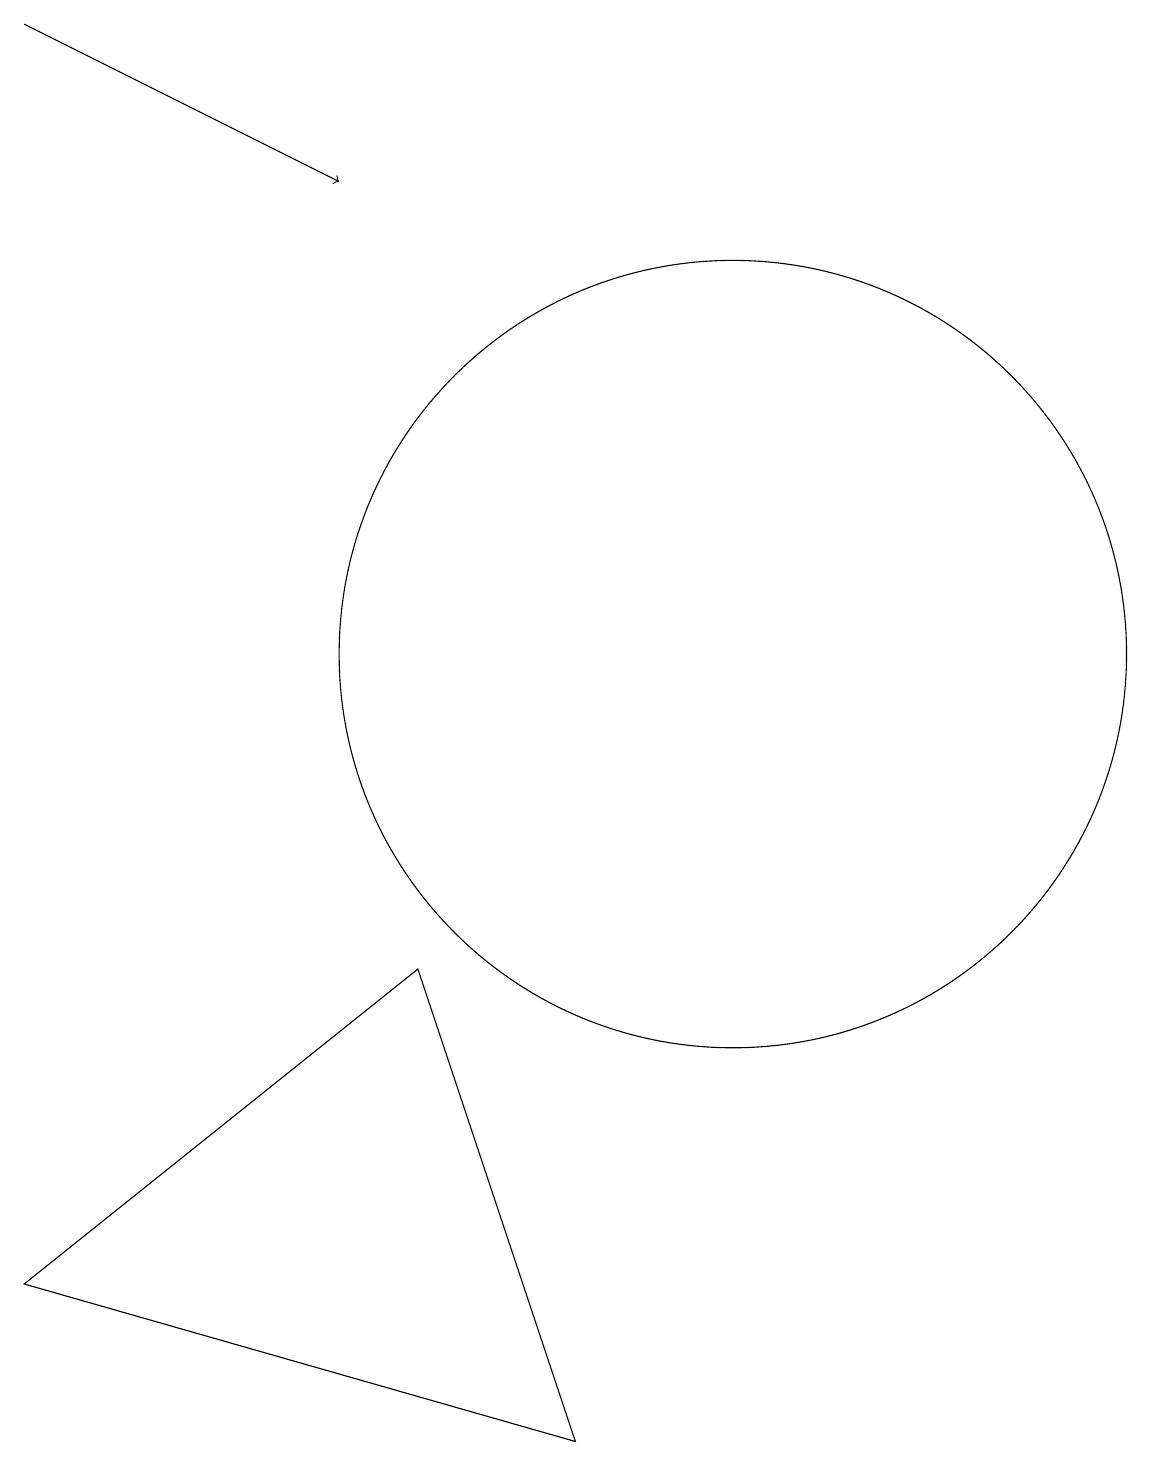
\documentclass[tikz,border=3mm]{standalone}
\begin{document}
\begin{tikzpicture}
\draw (11,11) circle (5);
\draw[->] (2,19) -- (6,17);
\draw (7,7) -- (2,3) -- (9,1) -- cycle;
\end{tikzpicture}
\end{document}